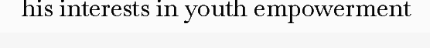
his interests in youth empowerment